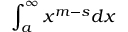
\int _ { a } ^ { \infty } x ^ { m - s } d x